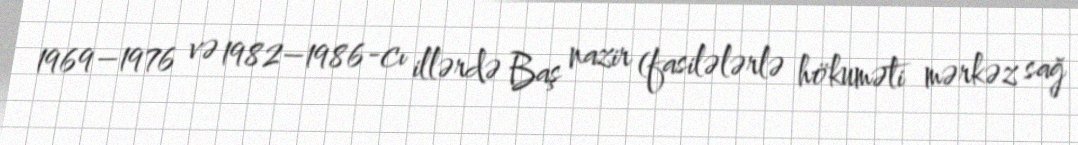
1969–1976 və 1982–1986-cı illərdə Baş nazir (fasilələrlə hökuməti mərkəz sağ